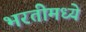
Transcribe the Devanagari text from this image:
भरतीमध्ये